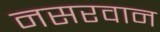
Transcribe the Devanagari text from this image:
नसरवान